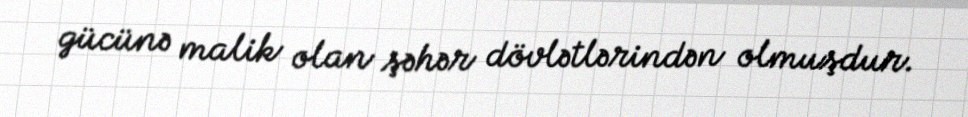
gücünə malik olan şəhər dövlətlərindən olmuşdur.